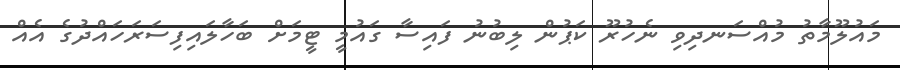
މައުލޫމާތު މުއްސަނދިވި ނެހުރޫ ކަޕުން ލިބުނު ފައިސާ ގައުމީ ޓީމަށް ބަހާލައިފިސަރަހައްދުގެ އެއް